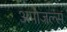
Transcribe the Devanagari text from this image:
अपोजल्स